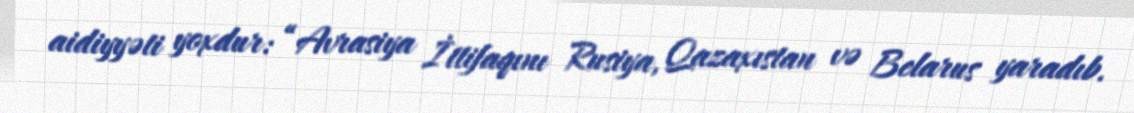
aidiyyəti yoxdur: “Avrasiya İttifaqını Rusiya, Qazaxıstan və Belarus yaradıb.